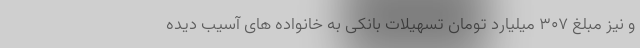
و نیز مبلغ 307 میلیارد تومان تسهیلات بانکی به خانواده های آسیب دیده